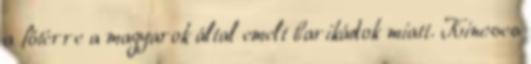
a főtérre a magyarok által emelt barikádok miatt. Kincses